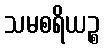
သမစရိယဉ္စ